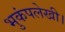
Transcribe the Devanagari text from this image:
भुकंपलेखी।